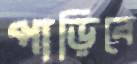
পাড়িবে